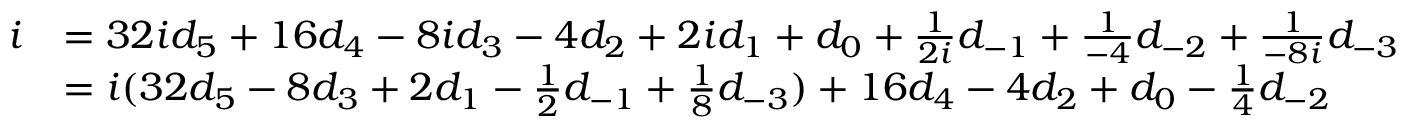
{ \begin{array} { r l } { i } & { = 3 2 i d _ { 5 } + 1 6 d _ { 4 } - 8 i d _ { 3 } - 4 d _ { 2 } + 2 i d _ { 1 } + d _ { 0 } + { \frac { 1 } { 2 i } } d _ { - 1 } + { \frac { 1 } { - 4 } } d _ { - 2 } + { \frac { 1 } { - 8 i } } d _ { - 3 } } \\ & { = i ( 3 2 d _ { 5 } - 8 d _ { 3 } + 2 d _ { 1 } - { \frac { 1 } { 2 } } d _ { - 1 } + { \frac { 1 } { 8 } } d _ { - 3 } ) + 1 6 d _ { 4 } - 4 d _ { 2 } + d _ { 0 } - { \frac { 1 } { 4 } } d _ { - 2 } } \end{array} }